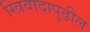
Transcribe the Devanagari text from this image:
स्त्रिवादापुढील